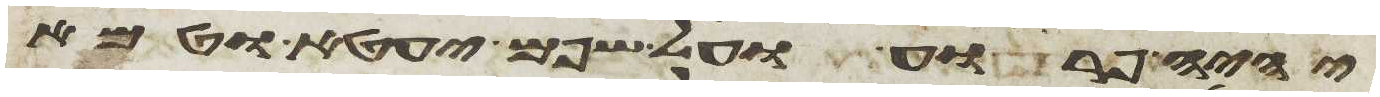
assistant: יהיה פרוע ועל שפם יעטא וטמא